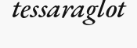
tessaraglot